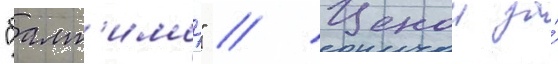
"балт'имор" // Ценои за́